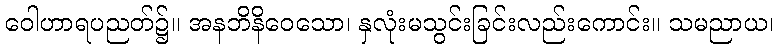
ဝေါဟာရပညတ်၌။ အနဘိနိဝေသော၊ နှလုံးမသွင်းခြင်းလည်းကောင်း။ သမညာယ၊